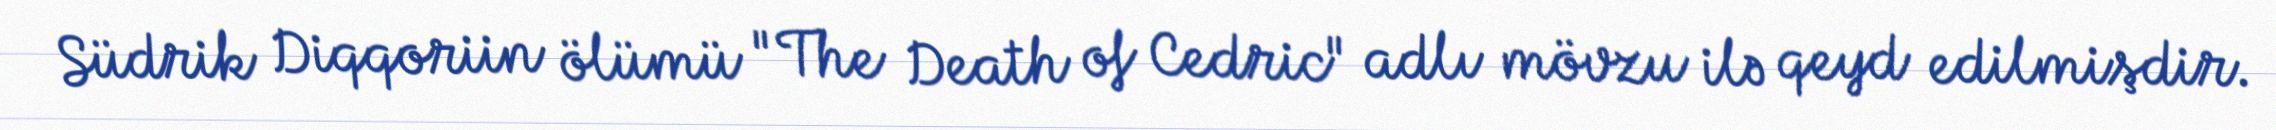
Südrik Diqqoriin ölümü "The Death of Cedric" adlı mövzu ilə qeyd edilmişdir.